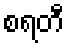
စရတီ